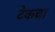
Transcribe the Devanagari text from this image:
टेकचा